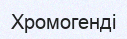
Хромогенді